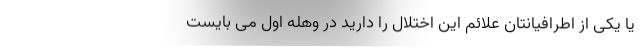
یا یکی از اطرافیانتان علائم این اختلال را دارید در وهله اول می بایست